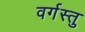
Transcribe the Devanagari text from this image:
वर्गस्तु